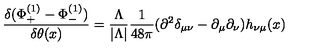
{ \frac { \delta ( \Phi _ { + } ^ { ( 1 ) } - \Phi _ { - } ^ { ( 1 ) } ) } { \delta \theta ( x ) } } = { \frac { \Lambda } { | \Lambda | } } { \frac { 1 } { 4 8 \pi } } ( \partial ^ { 2 } \delta _ { \mu \nu } - \partial _ { \mu } \partial _ { \nu } ) h _ { \nu \mu } ( x )